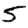
Digit: 5